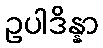
ဥပါဒိန္နာ